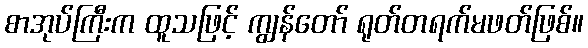
စာအုပ်ကြီးက ထူသဖြင့် ကျွန်တော် ရုတ်တရက်မဖတ်ဖြစ်။